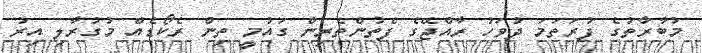
މުބާރާތުގެ ފުރަތަމަ ދުވަހު ރާއްޖޭގެ ފެތުންތެރިން ގައުމީ ތިން ރެކޯޑެއް މުގުރާލި އިރު